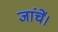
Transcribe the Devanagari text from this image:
जांचें।